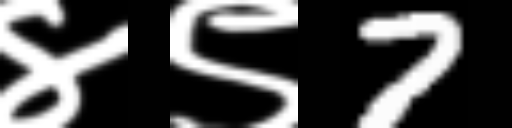
Text: ४९7